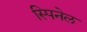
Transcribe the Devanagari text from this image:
स्पिनेल